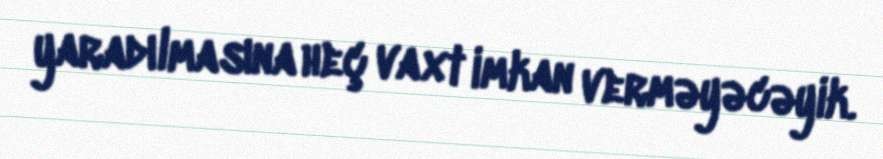
yaradılmasına heç vaxt imkan verməyəcəyik.